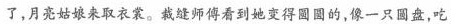
了，月亮姑娘来取衣裳。裁缝师傅看到她变得圆圆的，像一只圆盘，吃